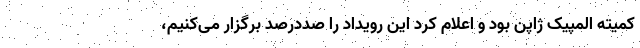
کمیته المپیک ژاپن بود و اعلام کرد این رویداد را صددرصد برگزار می‌کنیم،